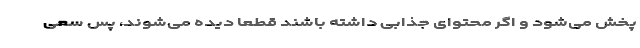
پخش می‌شود و اگر محتوای جذابی داشته باشند قطعاً دیده می‌شوند، پس سعی